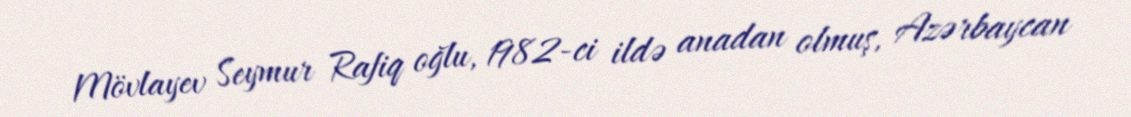
Mövlayev Seymur Rafiq oğlu, 1982-ci ildə anadan olmuş, Azərbaycan